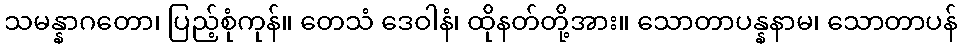
သမန္နာဂတော၊ ပြည့်စုံကုန်။ တေသံ ဒေဝါနံ၊ ထိုနတ်တို့အား။ သောတာပန္နနာမ၊ သောတာပန်